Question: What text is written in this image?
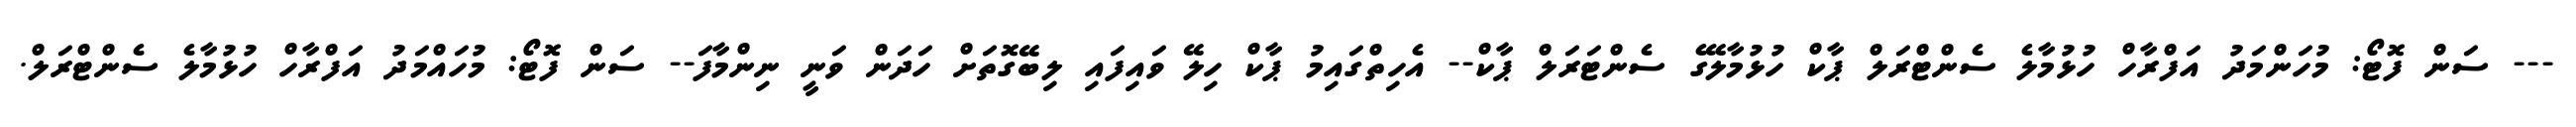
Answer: --- ސަން ފޮޓޯ: މުހަންމަދު އަފްރާހް ހުޅުމާލެ ސެންޓްރަލް ޕާކް ހުޅުމާލޭގެ ސެންޓަރަލް ޕާކް-- އެހިތްގައިމު ޕާކް ހިލޭ ވައިފައި ލިބޭގޮތަށް ހަދަން ވަނީ ނިންމާފަ-- ސަން ފޮޓޯ: މުހައްމަދު އަފްރާހް ހުޅުމާލެ ސެންޓްރަލް.